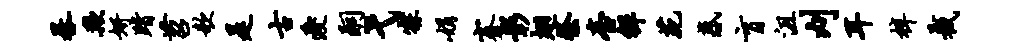
晷欺妍踏苕欹是古爱嗣弋寐娟蹇彰翅祭台禅苑惑盲沮刈耳梓截